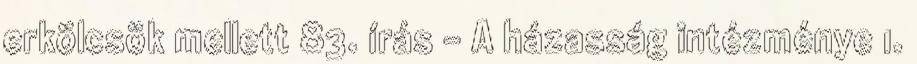
erkölcsök mellett 83. írás - A házasság intézménye 1.